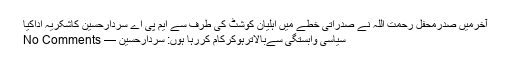
آخرمیں صدرمحفل رحمت اللہ نے صدراتی خطے میں اہلیان کوشٹ کی طرف سے ایم پی اے سردارحسین کاشکریہ اداکیا
سیاسی وابستگی سےبالاترہوکرکام کررہا ہوں: سردارحسین — No Comments